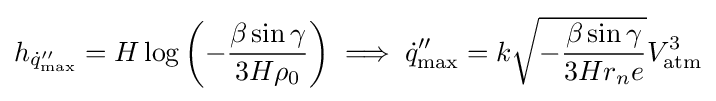
h_{{\dot {q}}_{\max }''}=H\log \left(-{\frac {\beta \sin \gamma }{3H\rho _{0}}}\right)\implies {\dot {q}}_{\max }''=k{\sqrt {-{\frac {\beta \sin \gamma }{3Hr_{n}e}}}}V_{\text{atm}}^{3}